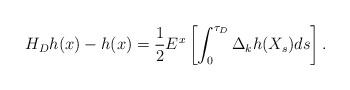
LaTeX: \begin{align*} H_Dh(x)-h(x)= \frac 12 E^x\left[\int_0^{\tau_D}\Delta_k h(X_s)ds\right].\end{align*}